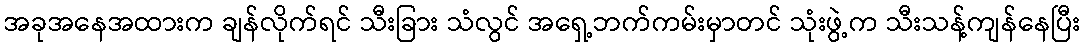
အခုအနေအထားက ချန်လိုက်ရင် သီးခြား သံလွင် အရှေ့ဘက်ကမ်းမှာတင် သုံးဖွဲ့က သီးသန့်ကျန်နေပြီး